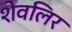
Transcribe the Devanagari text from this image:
शेवलिर